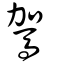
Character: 駕